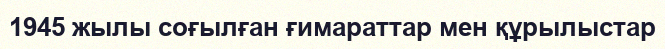
1945 жылы соғылған ғимараттар мен құрылыстар